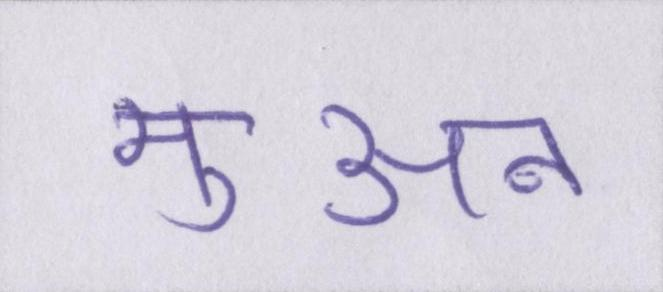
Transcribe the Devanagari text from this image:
मुअन